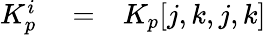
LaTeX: \begin{array}{rlr}{K_{p}^{i}}&{{}=}&{K_{p}[j,k,j,k]}\end{array}